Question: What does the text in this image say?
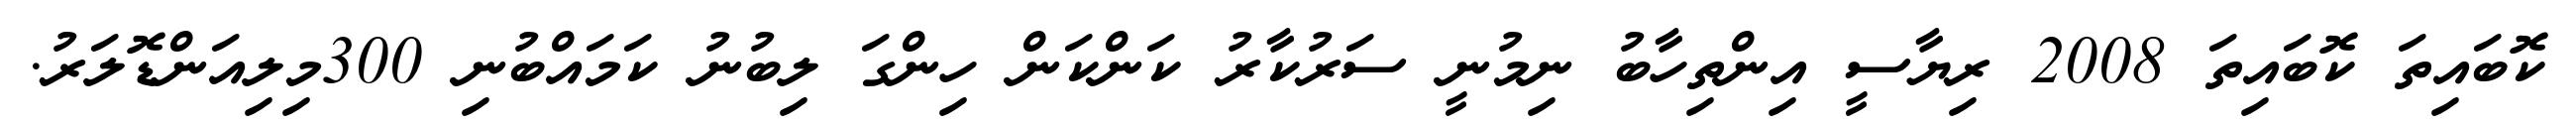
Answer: ކޮބައިތަ ކޮބައިތަ 2008 ރިޔާސީ އިންތިހާބު ނިމުނީ ސަރުކާރު ކަންކަން ހިންގަ ލިބުނު ކަމައްބުނި 300މިލިއަންޑޮލަރު.